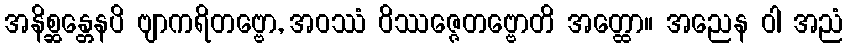
အနိစ္ဆန္တေနပိ ဗျာကရိတဗ္ဗော, အဝဿံ ဝိဿဇ္ဇေတဗ္ဗောတိ အတ္ထော။ အညေန ဝါ အညံ